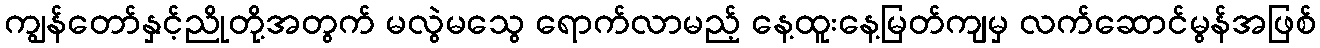
ကျွန်တော်နှင့်ညိုတို့အတွက် မလွဲမသွေ ရောက်လာမည့် နေ့ထူးနေ့မြတ်ကျမှ လက်ဆောင်မွန်အဖြစ်